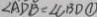
\angle A D B = \angle C B D \textcircled { 1 }